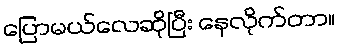
ပြောမယ်လေဆိုပြီး နေလိုက်တာ။